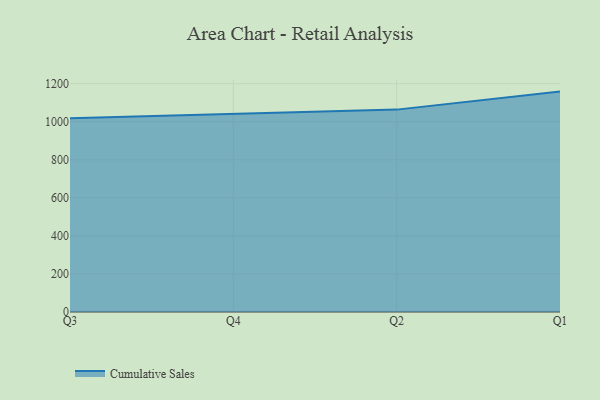
{"axis": {"x": "Quarter", "y": "Inventory Turnover"}, "legend": ["Cumulative Sales"], "data": [{"x": "Q3", "y": 1017.7, "type": "Cumulative Sales"}, {"x": "Q4", "y": 1041.5, "type": "Cumulative Sales"}, {"x": "Q2", "y": 1063.4, "type": "Cumulative Sales"}, {"x": "Q1", "y": 1158.1, "type": "Cumulative Sales"}]}